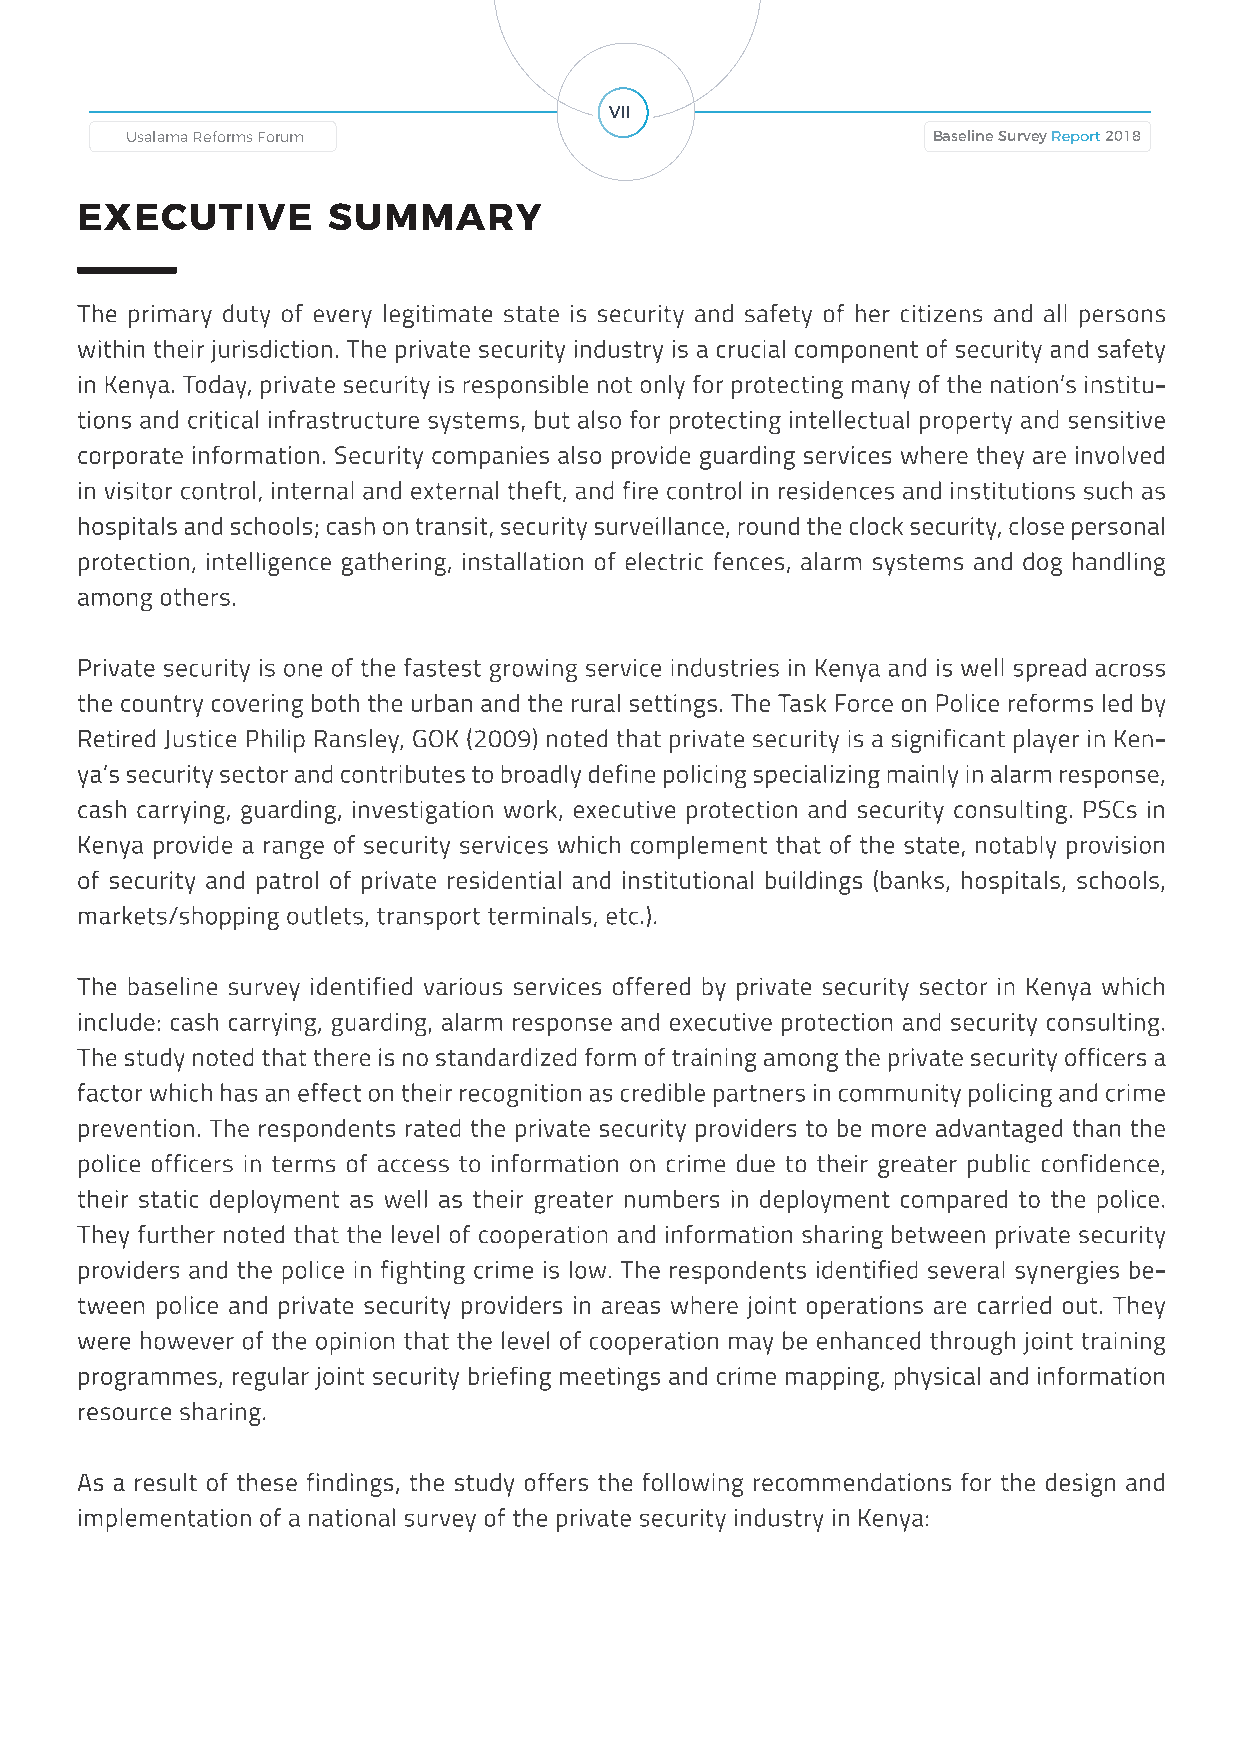
VII
 Baseline Survey Report 2018 Usalama Reforms Forum Usalama Reforms Forum Baseline Survey Report 2018
 EXECUTIVE        SUMMARY
 The primary duty of every legitimate state is security and safety of her citizens and all persons
 within their jurisdiction. The private security industry is a crucial component of security and safety
 in Kenya. Today, private security is responsible not only for protecting many of the nation’s institu-
 tions and critical infrastructure systems, but also for protecting intellectual property and sensitive
 corporate information. Security companies also provide guarding services where they are involved
 in visitor control, internal and external theft, and fire control in residences and institutions such as
 hospitals and schools; cash on transit, security surveillance, round the clock security, close personal
 protection, intelligence gathering, installation of electric fences, alarm systems and dog handling
 among others.
 Private security is one of the fastest growing service industries in Kenya and is well spread across
 the country covering both the urban and the rural settings. The Task Force on Police reforms led by
 Retired Justice Philip Ransley, GOK (2009) noted that private security is a significant player in Ken-
 ya’s security sector and contributes to broadly define policing specializing mainly in alarm response,
 cash carrying, guarding, investigation work, executive protection and security consulting. PSCs in
 Kenya provide a range of security services which complement that of the state, notably provision
 of security and patrol of private residential and institutional buildings (banks, hospitals, schools,
 markets/shopping outlets, transport terminals, etc.).
 The baseline survey identified various services offered by private security sector in Kenya which
 include: cash carrying, guarding, alarm response and executive protection and security consulting.
 The study noted that there is no standardized form of training among the private security officers a
 factor which has an effect on their recognition as credible partners in community policing and crime
 prevention. The respondents rated the private security providers to be more advantaged than the
 police officers in terms of access to information on crime due to their greater public confidence,
 their static deployment as well as their greater numbers in deployment compared to the police.
 They further noted that the level of cooperation and information sharing between private security
 providers and the police in fighting crime is low. The respondents identified several synergies be-
 tween police and private security providers in areas where joint operations are carried out. They
 were however of the opinion that the level of cooperation may be enhanced through joint training
 programmes, regular joint security briefing meetings and crime mapping, physical and information
 resource sharing.
 As a result of these findings, the study offers the following recommendations for the design and
 implementation of a national survey of the private security industry in Kenya: